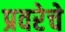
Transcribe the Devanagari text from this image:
प्रवरेचे